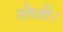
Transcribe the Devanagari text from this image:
तोरती।